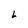
Character: L